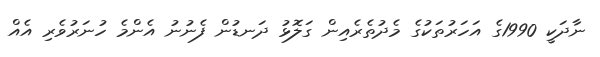
ނާދަކީ 1990ގެ އަހަރުތަކުގެ މެދުތެރެއިން ގަލޮޅު ދަނޑުން ފެނުނު އެންމެ ހުނަރުވެރި އެއް